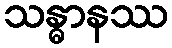
သန္ဓာနဿ